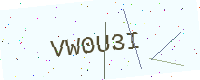
Text: VW0U3I